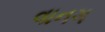
વાનગ